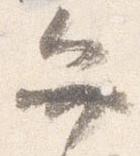
弁